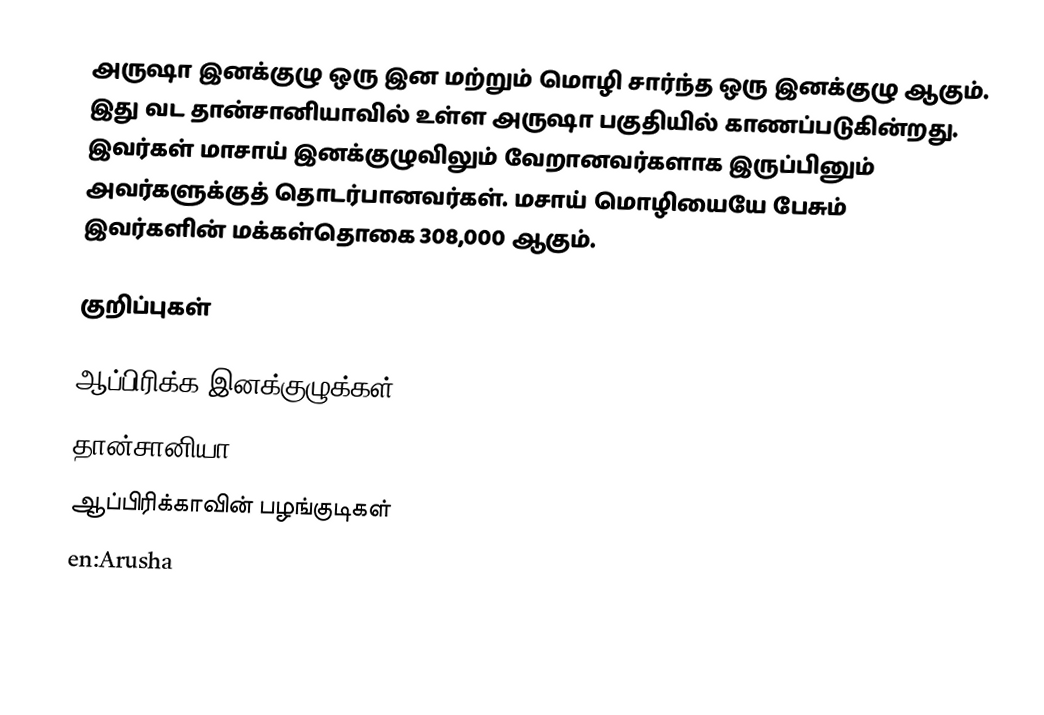
அருஷா இனக்குழு ஒரு இன மற்றும் மொழி சார்ந்த ஒரு இனக்குழு ஆகும். இது வட தான்சானியாவில் உள்ள அருஷா பகுதியில் காணப்படுகின்றது. இவர்கள் மாசாய் இனக்குழுவிலும் வேறானவர்களாக இருப்பினும் அவர்களுக்குத் தொடர்பானவர்கள். மசாய் மொழியையே பேசும் இவர்களின் மக்கள்தொகை 308,000 ஆகும்.

குறிப்புகள்

ஆப்பிரிக்க இனக்குழுக்கள்
தான்சானியா
ஆப்பிரிக்காவின் பழங்குடிகள்
en:Arusha